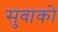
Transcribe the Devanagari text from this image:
सुवाको